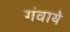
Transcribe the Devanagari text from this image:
गंवाये